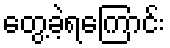
တွေ့ခဲ့ရကြောင်း